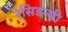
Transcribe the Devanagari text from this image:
रेसिडन्सी